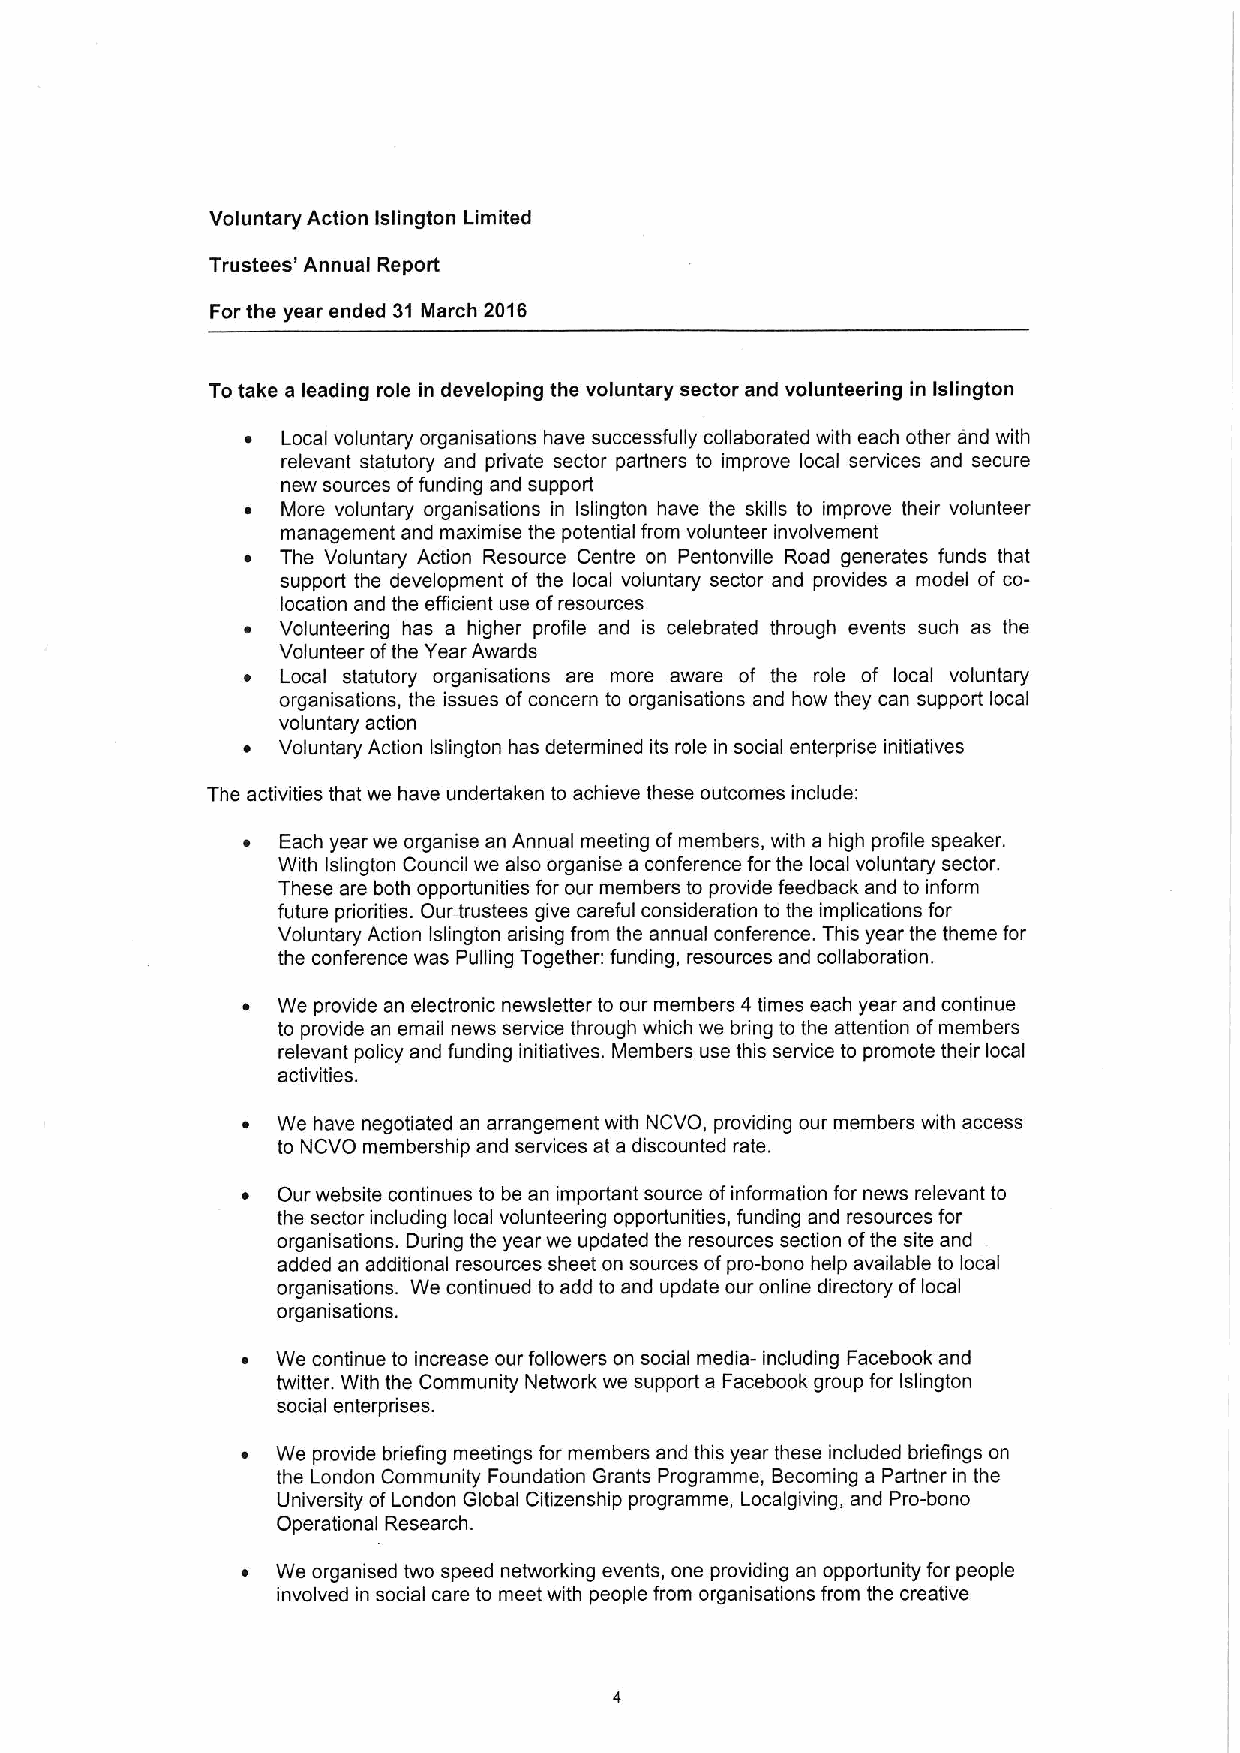
Voluntary Action Islington Limited
 Trustees' Annual Report
 For the year ended 31 March 2016
 Totake a leading role in developing the voluntary sector and volunteering in Islington
 Local voluntary organisations have successfully collaborated with each other and with
 relevant statutory and private sector partners to improve local services and secure
 new sources offunding and support
 More voluntary organisations in Islington have the skills to improve their volunteer
 management and maximise the potential from volunteer involvement
 The Voluntary Action Resource Centre on Pentonville Road generates funds that
 support the development of the local voluntary sector and provides a model of co-
 location and the efficient use ofresources
 Volunteering has a higher profile and is celebrated through events such as the
 Volunteer ofthe Year Awards
 Local statutory organisations are more aware of the role of local voluntary
 organisations, the issues ofconcern to organisations and how they can support local
 voluntary action
 Voluntary Action Islington has determined its role in social enterprise initiatives
 The activities that we have undertaken to achieve these outcomes include:
 ~  Each year we organise an Annual meeting ofmembers, with a high profile speaker.
 With Islington Council we also organise a conference for the local voluntary sector.
 These are both opportunities for our members to provide feedback and to inform
 future priorities. Our trustees give careful consideration to the implications for
 Voluntary Action Islington arising from the annual conference. This year the theme for
 the conference was Pulling Together: funding, resources and collaboration.
 ~ We provide an electronic newsletter to our members 4 times each year and continue
 to provide an email news service through which we bring to the attention ofmembers
 relevant policy and funding initiatives. Members use this service to promote their local
 activities.
 ~ We have negotiated an arrangement with NCVO, providing our members with access
 to NCVO membership and services at a discounted rate.
 ~ Our website continues to be an important source ofinformation for news relevant to
 the sector including local volunteering opportunities, funding and resources for
 organisations. During the year we updated the resources section ofthe site and
 added an additional resources sheet on sources ofpro-bono help available to local
 organisations. We continued to add to and update our online directory oflocal
 organisations.
 ~ We continue to increase our followers on social media- including Facebook and
 twitter. With the Community Network we support a Facebook group for Islington
 social enterprises.
 ~ We provide briefing meetings for members and this year these included briefings on
 the London Community Foundation Grants Programme, Becoming a Partner in the
 University ofLondon Global Citizenship programme, Localgiving, and Pro-bono
 Operational Research.
 ~ We organised two speed networking events, one providing an opportunity for people
 involved in social care to meet with people from organisations from the creative